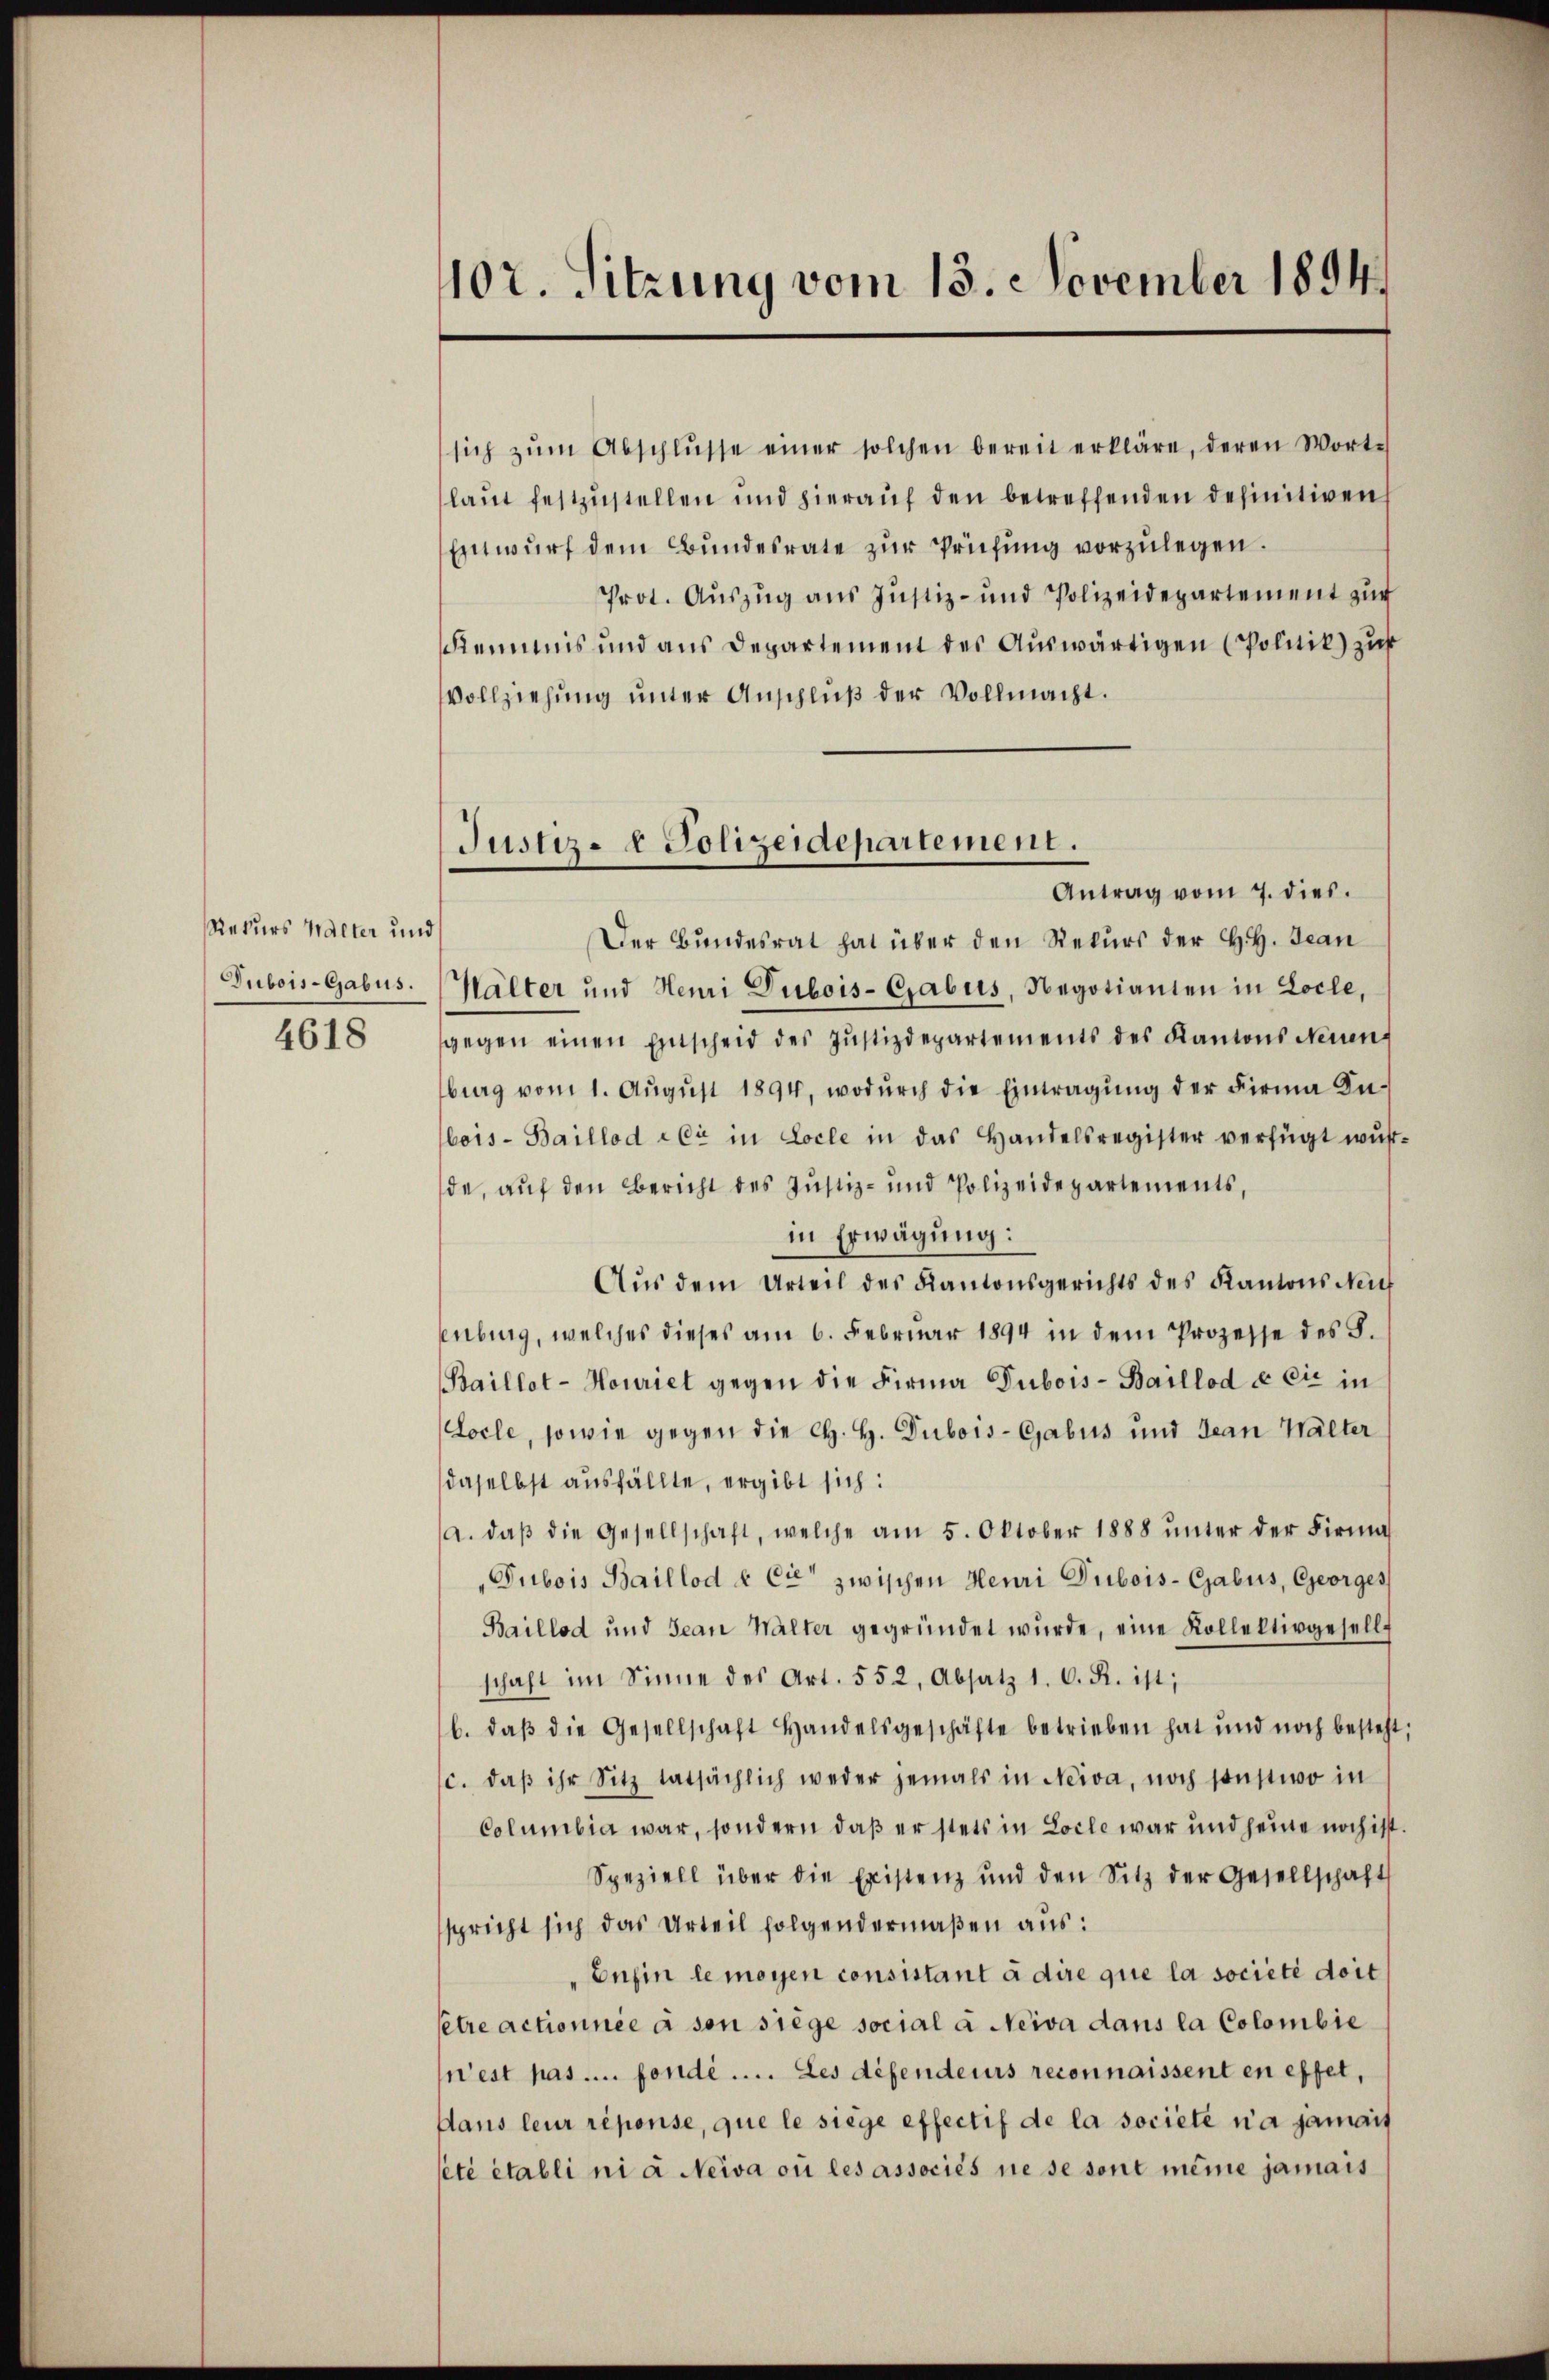
Rekurs Halter und
Dubois-Gabus.

4618

102. Sitzung vom 13. November 1894.

sich zŭm Abschlŭsse einer solchen bereit erkläre, deren Worte
laut festzustellen und hierauf den betreffenden definitiven
Entwurf dem Bundesrate zur Prüfung vorzulegen.
Prot. Auszug aus Justiz- und Polizeidepartement zŭr
Kemmnis und aus Departement des Aŭswärtigen (Politik) zust
Vollziehung unter Anschluß der Vollmacht.
Antrag vom 7. dies.
Der Bundesrat hat über den Rekurs der H. Jean
Wälter und Henri Dubois- Grabus, Negotianten in Locle,
gegen einen Entscheid des Justizdepartements des Kantons Neuen
burg vom 1. Aŭgŭst 1894, wodŭrch die Eintragŭng der Firma In-
bois-Baillod der in Locle in das Handelsregister verfügt wŭr
de, auf den Bericht des Justiz- und Polizeidepartements,
in Erwägung:
Aus dem Urteil des Kantonsgerichts des Kantons Neuf
enburg, welches dieses am 6. Februar 1894 in dem Prozesse des S.
Baillot-Houriel gegen die Firma Dubois-Baillod & Cie in
Locle, sowie gegen die H. H. Dubois-Gabus und Jean Walter
daselbst ausfällte, ergibt sich:
a. daβ die Gesellschaft, welche am 5. Oktober 1888 ŭnter der Firma
Dubois Baillod & Cie zwischen Heuri Dubois-Cabus, Georges
Baillod und Jean Walter gegründet wŭrde, eine Kollektivgesells
schaft im Sinne des Art. 552, Absatz 1. C. R. ist;
b. daβ die Gesellschaft Handelsgeschäfte betrieben hat und noch besteht
c. daβ ihr Sitz tatsächlich weder jemals in Neiva, noch sonstwo in
Columbia war, sondern daß er stets in Loche war und heime noch ist
Speziell über die Existenz und den Sitz der Gesellschaft
spricht sich das Urteil folgendermaßen aus:
"Eufin le moyen consistant à dire que la société doit
setre actionnée à son siege social à Neiva dans la Colombie
n’est pas.... fondé .... Les défendeurs reconnaissent en effet,
Aans leur réponse, que le siege effectif de la societe na jamais
été établi ni à Neiva ou les associés ne se sont même jamais

Justiz- & Polizeidepartement.